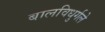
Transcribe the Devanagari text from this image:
बालविधुर्गले